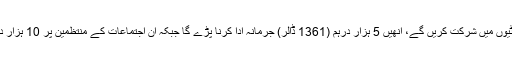
جو لوگ عوامی اجتماعات، کانفرنسوں یا پارٹیوں میں شرکت کریں گے، انھیں 5 ہزار درہم (1361 ڈالر) جرمانہ ادا کرنا پڑے گا جبکہ ان اجتماعات کے منتظمین پر 10 ہزار درہم (2723 ڈالر) جرمانہ عاید کیا جائے گا۔